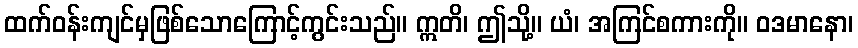
ထက်ဝန်းကျင်မှဖြစ်သောကြောင့်ကွင်းသည်။ ဣတိ၊ ဤသို့။ ယံ၊ အကြင်စကားကို။ ဝဒမာနော၊